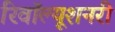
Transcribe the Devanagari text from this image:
रिवॉल्यूशनरी